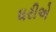
ધરીએ